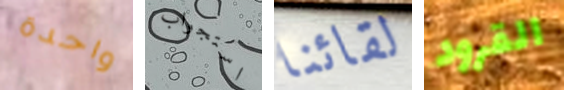
واحدة استجواب لقائنا القرود